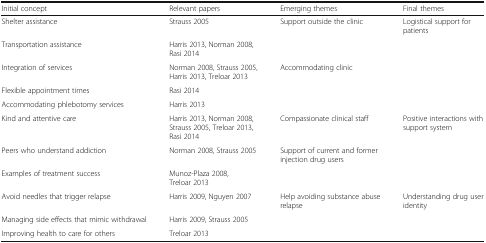
| Initial concept | Relevant papers | Emerging themes | Final themes |
 | --- | --- | --- | --- |
 | Shelter assistance | Strauss 2005 | Support outside the clinic | Logistical support for patients |
 | Transportation assistance | Harris 2013, Norman 2008, Rasi 2014 |  |  |
 | Integration of services | Norman 2008, Strauss 2005, Harris 2013, Treloar 2013 | Accommodating clinic |  |
 | Flexible appointment times | Rasi 2014 |  |  |
 | Accommodating phlebotomy services | Harris 2013 |  |  |
 | Kind and attentive care | Harris 2013, Norman 2008, Strauss 2005, Treloar 2013, Rasi 2014 | Compassionate clinical staff | Positive interactions with support system |
 | Peers who understand addiction | Norman 2008, Strauss 2005 | Support of current and former injection drug users |  |
 | Examples of treatment success | Munoz-Plaza 2008, Treloar 2013 |  |  |
 | Avoid needles that trigger relapse | Harris 2009, Nguyen 2007 | Help avoiding substance abuse relapse | Understanding drug user identity |
 | Managing side effects that mimic withdrawal | Harris 2009, Strauss 2005 |  |  |
 | Improving health to care for others | Treloar 2013 |  |  |